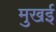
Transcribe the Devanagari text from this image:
मुखई